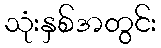
သုံးနှစ်အတွင်း